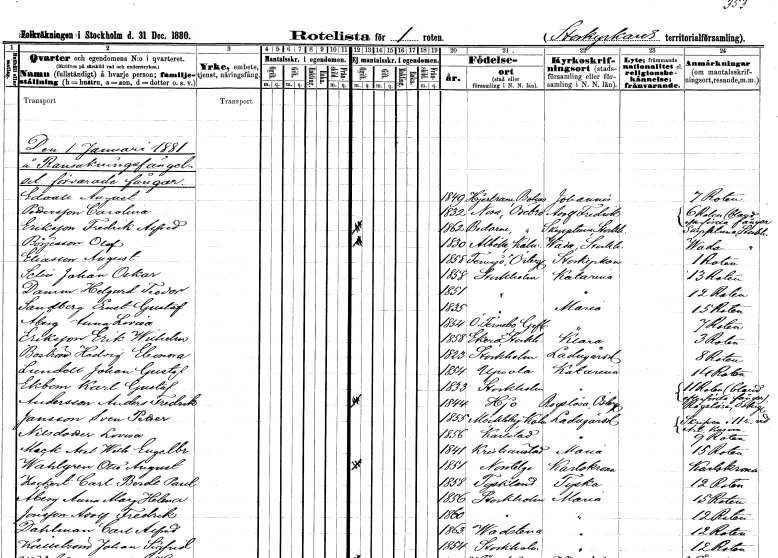
gt_parse: households: individuals: FN: August
EN: Edvall
KON: M
CIV: U
FODAR: 1849
FODFORS: Hjärtum Älvsborgs län
FN: Carolina
EN: Pettersson
KON: K
CIV: U
FODAR: 1832
FODFORS: Nora stadsförsamling Örebro län
FN: Fredrik Alfred
EN: Eriksson
KON: M
CIV: O
FODAR: 1862
FODFORS: Bodarne Örebro län
FN: Olof
EN: Börjesson
KON: M
CIV: O
FODAR: 1830
FODFORS: Alböke Kalmar län
FN: August
EN: Eliasson
KON: M
CIV: U
FODAR: 1858
FODFORS: Femsjö Hallands län
FN: Johan Oskar
EN: Selin
KON: M
CIV: U
FODAR: 1858
FODFORS: Stockholm
FN: Helgard Teodor
EN: Danson
KON: M
CIV: U
FODAR: 1851
FODFORS: Stockholm
FN: Ernst Gustaf
EN: Sandberg
KON: M
CIV: U
FODAR: 1835
FODFORS: Stockholm
FN: Anna Lovisa
EN: Åberg
KON: K
CIV: U
FODAR: 1854
FODFORS: Österfärnebo Gävleborgs län
FN: Erik Wilhelm
EN: Eriksson
KON: M
CIV: U
FODAR: 1858
FODFORS: Ekerö Stockholms län
FN: Hedvig Eleonora
EN: Boström
KON: K
CIV: U
FODAR: 1823
FODFORS: Stockholm
FN: Johan Gustaf
EN: Lundell
KON: M
CIV: U
FODAR: 1854
FODFORS: Uppsala Uppsala län
FN: Karl Gustaf
EN: Ekbom
KON: M
CIV: U
FODAR: 1833
FODFORS: Stockholm
FN: Anders Fredrik
EN: Andersson
KON: M
CIV: O
FODAR: 1844
FODFORS: Hjo Skaraborgs län
FN: Sven Petter
EN: Jansson
KON: M
CIV: U
FODAR: 1855
FODFORS: Möckleby Kalmar län
FN: Lovisa
EN: Nilsdotter
KON: K
CIV: U
FODAR: 1856
FODFORS: Karlstad Värmlands län
FN: Axel Wilhelm Engelbrekt
EN: Mack
KON: M
CIV: U
FODAR: 1841
FODFORS: Kristianstad Kristianstads län
FN: Otto August
EN: Wahlgren
KON: M
CIV: O
FODAR: 1851
FODFORS: Norrtälje Stockholms län
FN: Carl Berdt Paul
EN: Zeckert
KON: M
CIV: U
FODAR: 1858
FN: Anna Mary Helena
EN: Åberg
KON: K
CIV: U
FODAR: 1856
FODFORS: Stockholm